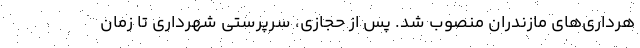
هرداری‌های مازندران منصوب شد. پس از حجازی، سرپرستی شهرداری تا زمان